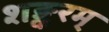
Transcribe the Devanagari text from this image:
शङ्करम्